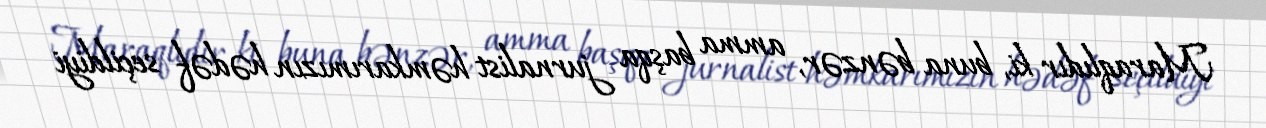
Maraqlıdır ki, buna bənzər, amma başqa jurnalist həmkarımızın hədəf seçildiyi